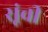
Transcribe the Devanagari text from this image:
सूंची